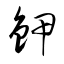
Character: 鉀